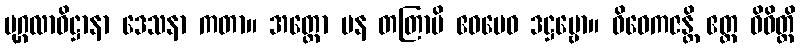
ပုဂ္ဂလာဓိဋ္ဌာနာ ဒေသနာ ကတာ။ အတ္ထော ပန တတြာပိ ဧဝမေဝ ဒဋ္ဌဗ္ဗော။ ဝိဝေကဇန္တိ ဧတ္ထ ဝိဝိတ္တိ